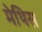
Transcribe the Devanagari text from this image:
मेथिस